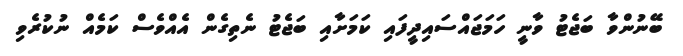
ބޭނުންވާ ބަޖެޓު ވާނީ ހަމަޖައްސައިދީފައި ކަމަށާއި ބަޖެޓު ނެތިގެން އެއްވެސް ކަމެއް ނުކުރެވި